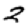
Digit: 2